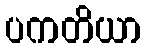
ပကတိယာ